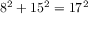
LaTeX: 8 ^ { 2 } + 1 5 ^ { 2 } = 1 7 ^ { 2 }